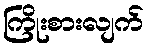
ကြိုးစားလျက်